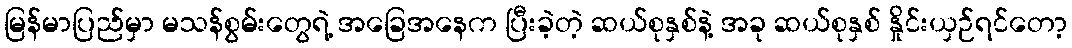
မြန်မာပြည်မှာ မသန်စွမ်းတွေရဲ့ အခြေအနေက ပြီးခဲ့တဲ့ ဆယ်စုနှစ်နဲ့ အခု ဆယ်စုနှစ် နှိုင်းယှဉ်ရင်တော့